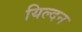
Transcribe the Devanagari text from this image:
यिल्दन